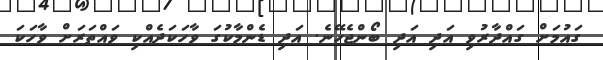
ގައުމަށް ގައްދާރުވި އަދި އަދި ބޯންޖެހޭނެ. އަދި ޑެންމާކުގަ ވާހަކަދެއްކި ވައްތަރަށް ވާހަކަ